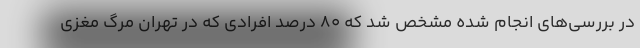
در بررسی‌های انجام شده مشخص شد که ۸۰ درصد افرادی که در تهران مرگ مغزی